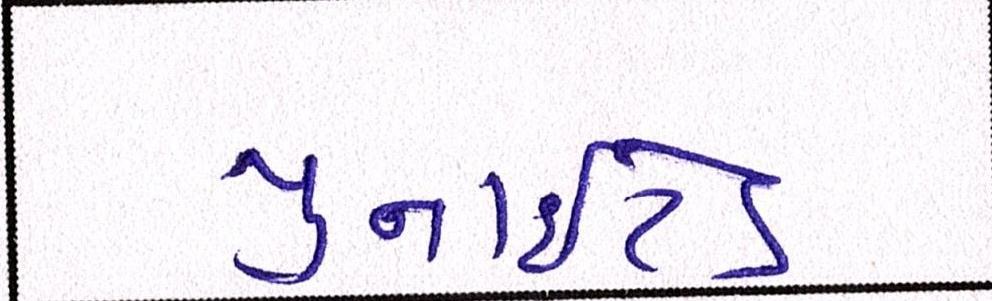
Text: યુનાઈટેડ